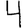
Digit: 4